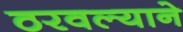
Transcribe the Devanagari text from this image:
ठरवल्याने